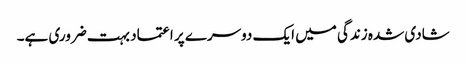
شادی شدہ زندگی میں ایک دوسرے پر اعتماد بہت ضروری ہے۔